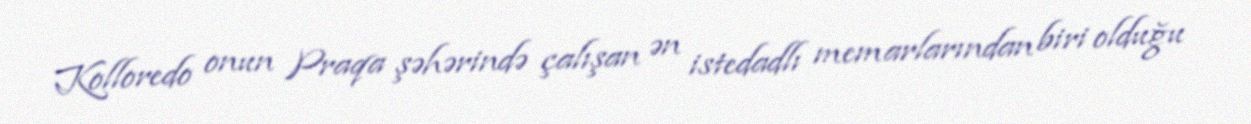
Kolloredo onun Praqa şəhərində çalışan ən istedadlı memarlarından biri olduğu